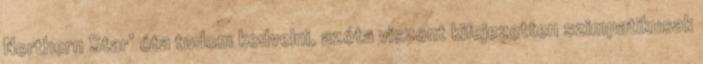
Northern Star’ óta tudom kedvelni, azóta viszont kifejezetten szimpatikusak